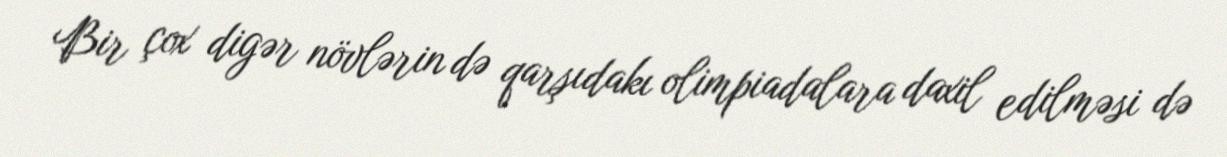
Bir çox digər növlərin də qarşıdakı olimpiadalara daxil edilməsi də